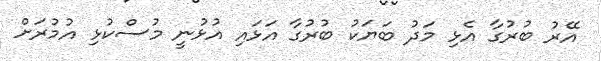
އޭރު ބުރުގާ އެޅި މަދު ބަޔަކު ބުރުގާ އަޅައި އުޅުނީ މުސްކުޅި އުމުރަށް